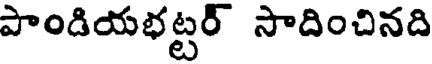
పాండియభట్టర్ సాదించినది